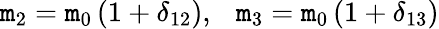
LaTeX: \mathtt{m}_{2}=\mathtt{m}_{0}\left(1+\delta_{12}\right),\ \ \ \mathtt{m}_{3}=\mathtt{m}_{0}\left(1+\delta_{13}\right)